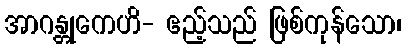
အာဂန္တုကေဟိ- ဧည့်သည် ဖြစ်ကုန်သော၊